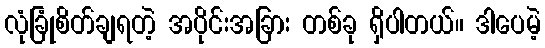
လုံခြုံစိတ်ချရတဲ့ အပိုင်းအခြား တစ်ခု ရှိပါတယ်။ ဒါပေမဲ့